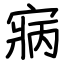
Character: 寎